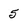
Character: 5